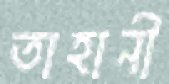
তাহানী